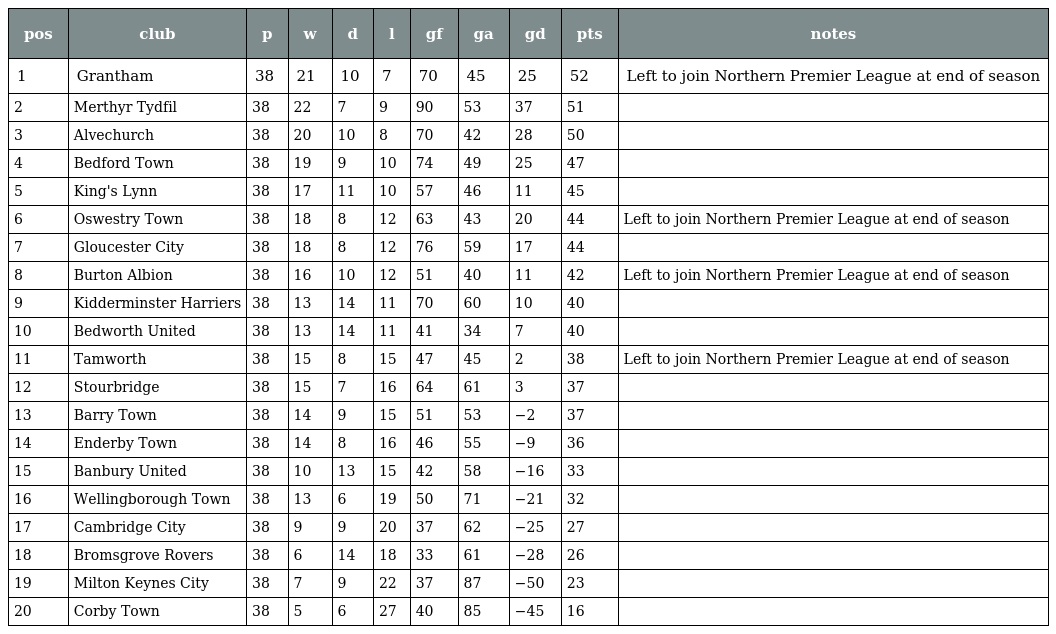
| pos | club | p | w | d | l | gf | ga | gd | pts | notes |
 | --- | --- | --- | --- | --- | --- | --- | --- | --- | --- | --- |
 | 1 | Grantham | 38 | 21 | 10 | 7 | 70 | 45 | 25 | 52 | Left to join Northern Premier League at end of season |
 | 2 | Merthyr Tydfil | 38 | 22 | 7 | 9 | 90 | 53 | 37 | 51 |  |
 | 3 | Alvechurch | 38 | 20 | 10 | 8 | 70 | 42 | 28 | 50 |  |
 | 4 | Bedford Town | 38 | 19 | 9 | 10 | 74 | 49 | 25 | 47 |  |
 | 5 | King's Lynn | 38 | 17 | 11 | 10 | 57 | 46 | 11 | 45 |  |
 | 6 | Oswestry Town | 38 | 18 | 8 | 12 | 63 | 43 | 20 | 44 | Left to join Northern Premier League at end of season |
 | 7 | Gloucester City | 38 | 18 | 8 | 12 | 76 | 59 | 17 | 44 |  |
 | 8 | Burton Albion | 38 | 16 | 10 | 12 | 51 | 40 | 11 | 42 | Left to join Northern Premier League at end of season |
 | 9 | Kidderminster Harriers | 38 | 13 | 14 | 11 | 70 | 60 | 10 | 40 |  |
 | 10 | Bedworth United | 38 | 13 | 14 | 11 | 41 | 34 | 7 | 40 |  |
 | 11 | Tamworth | 38 | 15 | 8 | 15 | 47 | 45 | 2 | 38 | Left to join Northern Premier League at end of season |
 | 12 | Stourbridge | 38 | 15 | 7 | 16 | 64 | 61 | 3 | 37 |  |
 | 13 | Barry Town | 38 | 14 | 9 | 15 | 51 | 53 | −2 | 37 |  |
 | 14 | Enderby Town | 38 | 14 | 8 | 16 | 46 | 55 | −9 | 36 |  |
 | 15 | Banbury United | 38 | 10 | 13 | 15 | 42 | 58 | −16 | 33 |  |
 | 16 | Wellingborough Town | 38 | 13 | 6 | 19 | 50 | 71 | −21 | 32 |  |
 | 17 | Cambridge City | 38 | 9 | 9 | 20 | 37 | 62 | −25 | 27 |  |
 | 18 | Bromsgrove Rovers | 38 | 6 | 14 | 18 | 33 | 61 | −28 | 26 |  |
 | 19 | Milton Keynes City | 38 | 7 | 9 | 22 | 37 | 87 | −50 | 23 |  |
 | 20 | Corby Town | 38 | 5 | 6 | 27 | 40 | 85 | −45 | 16 |  |